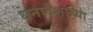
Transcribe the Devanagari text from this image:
धनादेशाच्या